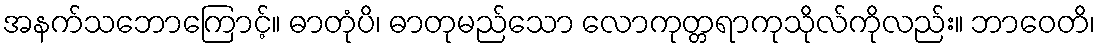
အနက်သဘောကြောင့်။ ဓာတုံပိ၊ ဓာတုမည်သော လောကုတ္တရာကုသိုလ်ကိုလည်း။ ဘာဝေတိ၊